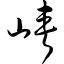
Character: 峡